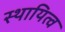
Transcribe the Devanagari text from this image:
स्थायित्‍व